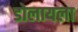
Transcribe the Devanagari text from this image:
डोलायला